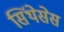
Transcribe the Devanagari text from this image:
सिंथेसेस